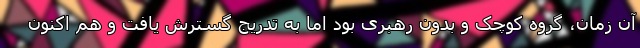
آن زمان، گروه کوچک و بدون رهبری بود اما به تدریج گسترش یافت و هم اکنون